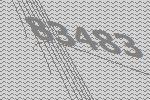
83483